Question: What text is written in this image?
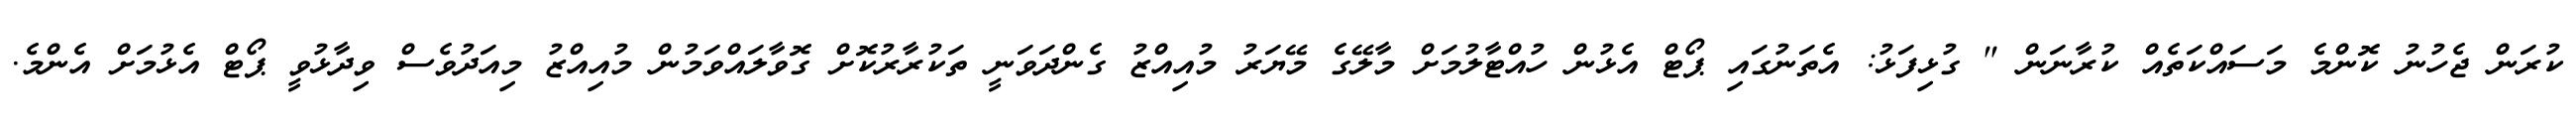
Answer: ކުރަން ޖެހުނު ކޮންމެ މަސައްކަތެއް ކުރާނަން " ގުޅިފަޅު: އެތަނުގައި ޕޯޓް އެޅުން ހުއްޓާލުމަށް މާލޭގެ މޭޔަރު މުއިއްޒު ގެންދަވަނީ ތަކުރާރުކޮށް ގޮވާލައްވަމުން މުއިއްޒު މިއަދުވެސް ވިދާޅުވީ ޕޯޓް އެޅުމަށް އެންމެ.